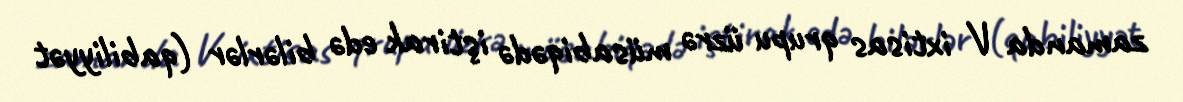
zamanda V ixtisas qrupu üzrə müsabiqədə iştirak edə bilərlər (qabiliyyət